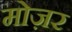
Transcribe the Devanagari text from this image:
मोज़र